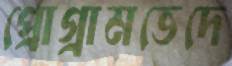
প্রোগ্রামভেদে